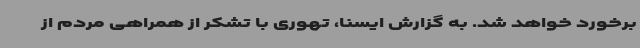
برخورد خواهد شد. به گزارش ایسنا، تهوری با تشکر از همراهی مردم‌ از